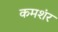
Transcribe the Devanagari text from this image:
कमशंर